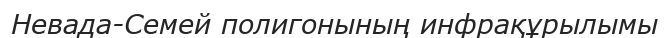
Невада-Семей полигонының инфрақұрылымы